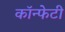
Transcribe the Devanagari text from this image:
कॉन्फेटी